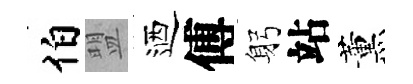
伯盟迺傅躬站薰